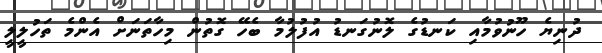
ދުނިޔެ ހޫނުވުމާއި ކަނޑުގެ ލޮނުގަނޑު އުފުލުމާ ބެހޭ ގޮތުން މިހާތަނަށް އެންމެ ތަހުލީލީ